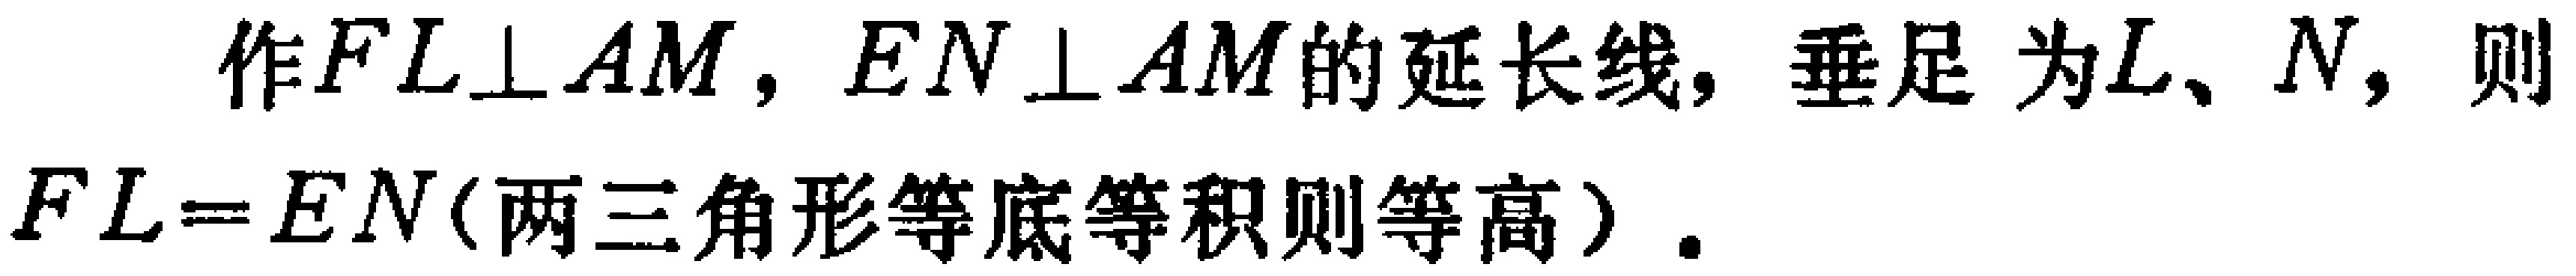
作$FL\perp AM$，$EN\perp AM$的延长线，垂足为$L$、$N$，则$FL = EN$(两三角形等底等积则等高)。